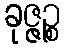
ခုဇ္ဇဉ္စ